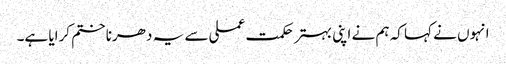
انہوں نے کہا کہ ہم نے اپنی بہتر حکمت عملی سے یہ دھرنا ختم کرایا ہے۔